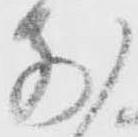
前